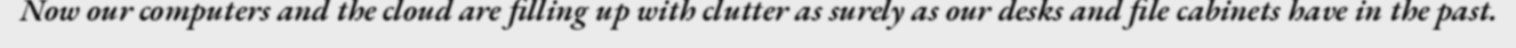
Now our computers and the cloud are filling up with clutter as surely as our desks and file cabinets have in the past.